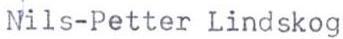
Nils-Petter Lindskog